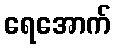
ရေအောက်